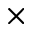
\times